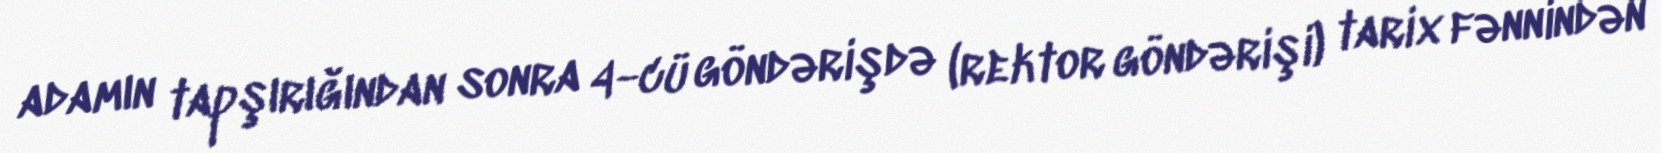
adamın tapşırığından sonra 4-cü göndərişdə (rektor göndərişi) tarix fənnindən